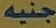
جنيه